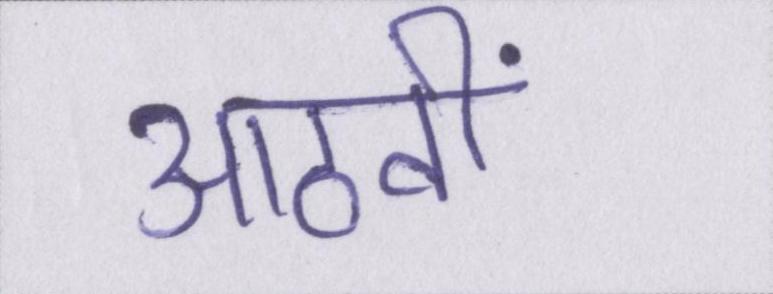
आठवीं